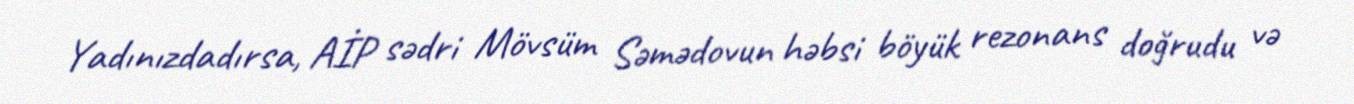
Yadınızdadırsa, AİP sədri Mövsüm Səmədovun həbsi böyük rezonans doğrudu və